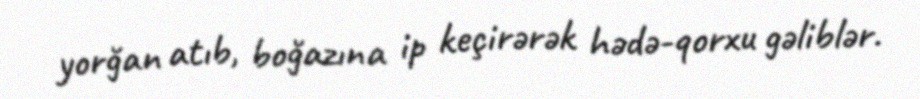
yorğan atıb, boğazına ip keçirərək hədə-qorxu gəliblər.